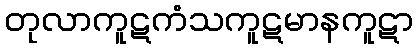
တုလာကူဋကံသကူဋမာနကူဋာ